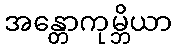
အန္တောကုမ္ဘိယာ